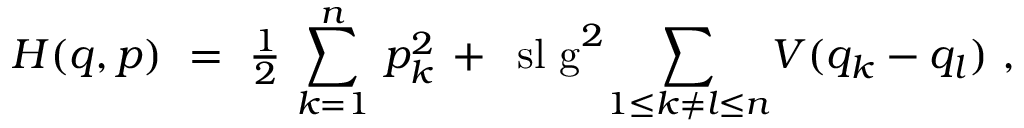
H ( q , p ) ~ = ~ { \textstyle { \frac { 1 } { 2 } } } \, \sum _ { k = 1 } ^ { n } \, p _ { k } ^ { 2 } \, + \, \mathrm { \ s l ~ g } ^ { 2 } \! \sum _ { 1 \leq k \neq l \leq n } \! V ( q _ { k } - q _ { l } ) ~ ,